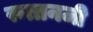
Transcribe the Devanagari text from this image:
रुत्तनजी